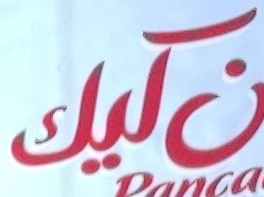
كيك